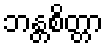
ဘန္တစိတ္တာ